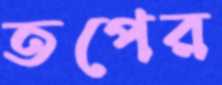
তপের